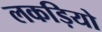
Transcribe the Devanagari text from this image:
लकड़ियो